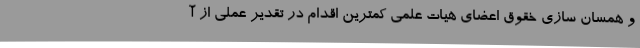
و همسان سازی خقوق اعضای هیات علمی کمترین اقدام در تقدیر عملی از آ